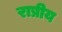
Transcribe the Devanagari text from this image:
राष्रीय